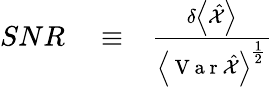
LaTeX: \begin{array}{rlr}{SNR}&{{}\equiv}&{\frac{\delta\left<\hat{\mathcal X}\right>}{\left<\mathrm{~V~a~r~}\hat{\mathcal X}\right>^{\frac{1}{2}}}}\end{array}